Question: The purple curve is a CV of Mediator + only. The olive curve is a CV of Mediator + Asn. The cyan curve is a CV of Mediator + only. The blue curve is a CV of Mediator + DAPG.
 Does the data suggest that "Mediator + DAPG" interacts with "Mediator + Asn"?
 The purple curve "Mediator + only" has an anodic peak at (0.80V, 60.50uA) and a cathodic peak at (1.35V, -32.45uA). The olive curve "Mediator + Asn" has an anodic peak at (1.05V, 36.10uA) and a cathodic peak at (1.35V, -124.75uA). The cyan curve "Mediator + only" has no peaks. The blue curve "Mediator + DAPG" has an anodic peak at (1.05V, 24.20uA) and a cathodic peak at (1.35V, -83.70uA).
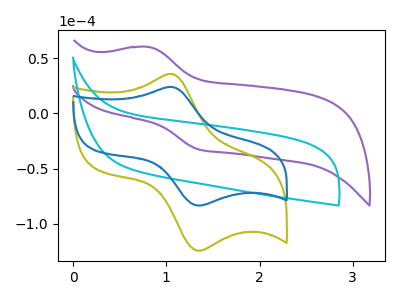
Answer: <think>All the peaks in "Mediator + DAPG" have a peak in "Mediator + Asn" at the same potential. Every peak in "Mediator + DAPG" is lower than every peak in "Mediator + Asn".
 </think>
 <answer>No, "Mediator + DAPG" and "Mediator + Asn" don't appear to be significantly different in shape</answer>
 <eval>no_change</eval>